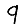
Digit: 9